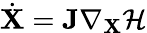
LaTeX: \dot{\mathbf{X}}=\mathbf{J}\nabla_{\mathbf{X}}\mathcal{H}